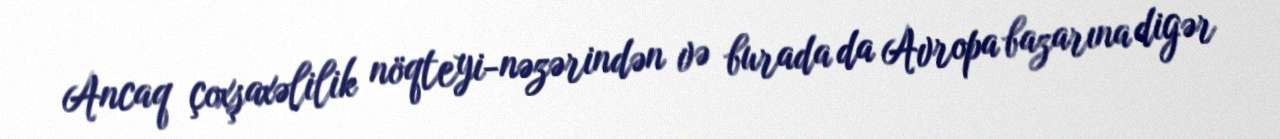
Ancaq çoxşaxəlilik nöqteyi-nəzərindən və burada da Avropa bazarına digər